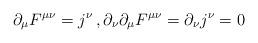
LaTeX: \begin{align*}\partial_\mu F^{\mu \nu} = j^\nu \, , \partial_\nu \partial_\mu F^{\mu \nu}= \partial_\nu j^\nu =0\end{align*}